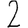
Digit: 2